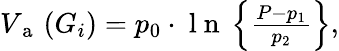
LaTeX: \begin{array}{r}{V_{\mathrm{~a~}}\left(G_{i}\right)=p_{0}\cdot\mathrm{~l~n~}\left\{ \frac{P-p_{1}}{p_{2}}\right\} ,}\end{array}